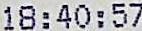
18:40:57